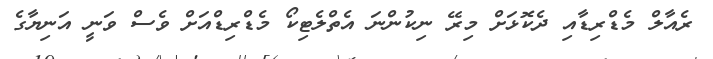
ރެއާލް މެޑްރިޑާއި ދެކޮޅަށް މިރޭ ނިކުންނަ އެތްލެޓިކޯ މެޑްރިޑްއަށް ވެސް ވަނީ އަނިޔާގެ